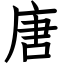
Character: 唐